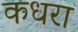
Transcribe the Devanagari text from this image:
कधरा